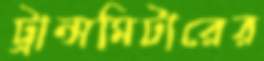
ট্রান্সমিটারের